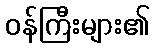
ဝန်ကြီးများ၏